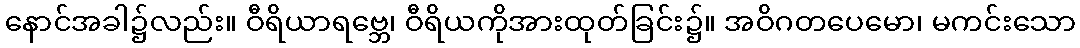
နောင်အခါ၌လည်း။ ဝီရိယာရဗ္ဘေ၊ ဝီရိယကိုအားထုတ်ခြင်း၌။ အဝိဂတပေမော၊ မကင်းသော